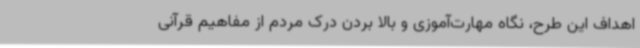
اهداف این طرح، نگاه مهارت‌آموزی و بالا بردن درک مردم از مفاهیم قرآنی